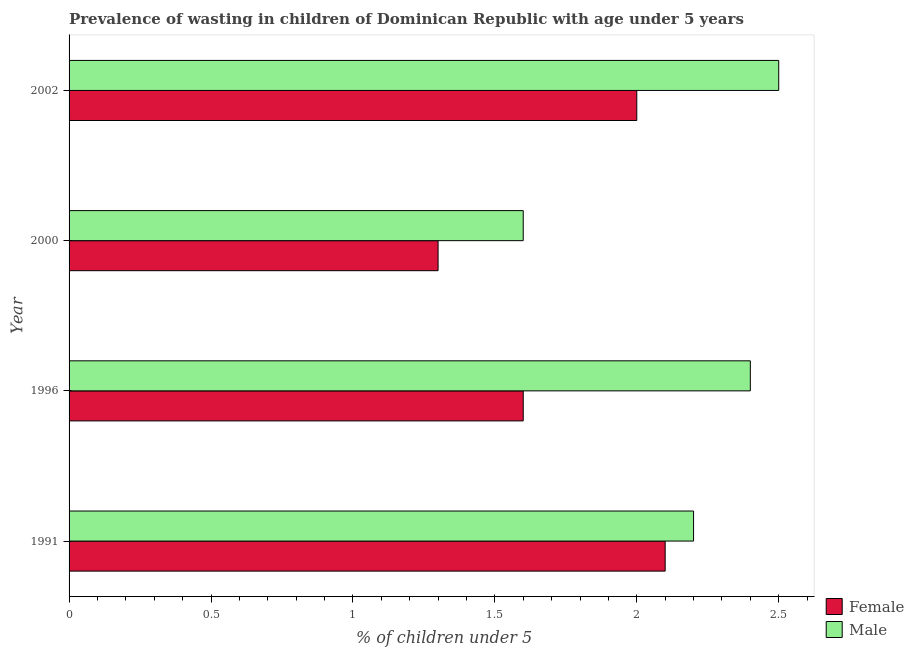
| Year | Female | Male |
 | --- | --- | --- |
 | 1991 | 2.1 | 2.2 |
 | 1996 | 1.6 | 2.4 |
 | 2000 | 1.3 | 1.6 |
 | 2002 | 2 | 2.5 |